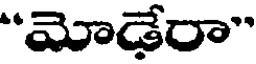
"మోడేరా"